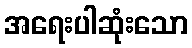
အရေးပါဆုံးသော